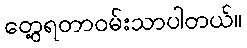
တွေ့ရတာဝမ်းသာပါတယ်။